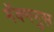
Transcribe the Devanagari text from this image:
मॅक्मनुस